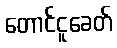
တောင်ငူခေတ်